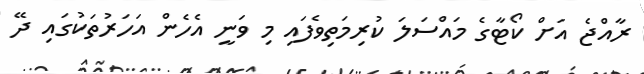
ރާއްޖެ އަށް ކޯޓާގެ މައްސަލަ ކުރިމަތިވެފައި މި ވަނީ އެހެން އަހަރުތަކުގައި ދޭ